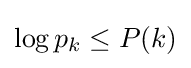
\log p_{k}\leq P(k)